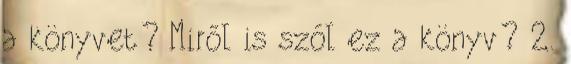
a könyvet? Miről is szól ez a könyv? 2.